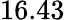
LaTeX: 16.43